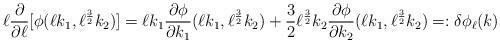
LaTeX: \begin{align*}\ell\frac{\partial}{\partial \ell}[\phi(\ell k_1,\ell^\frac{3}{2} k_2)]=\ell k_1\frac{\partial\phi}{\partial k_1}(\ell k_1,\ell^\frac{3}{2} k_2)+\frac{3}{2}\ell^\frac{3}{2} k_2\frac{\partial\phi}{\partial k_2}(\ell k_1,\ell^\frac{3}{2} k_2)=:\delta\phi_\ell(k)\end{align*}